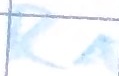
Text: R1